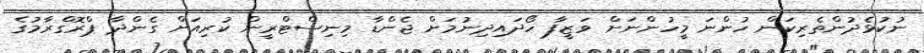
ނުކުޅެދުންތެރިކަން ހުންނަ މީހުންނަށް ވަޒީފާ ހޯދައިދިނުމަށް ޖެންޑާ މިނިސްޓްރީން ކުރިއަށް ގެންދާ ޕްރޮގްރާމުގެ